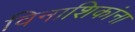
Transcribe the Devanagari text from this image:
विनाशिकांना